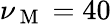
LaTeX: \nu_{\mathrm{~M~}}=40